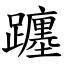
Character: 躔